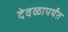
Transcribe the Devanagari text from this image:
देवळापर्यंत